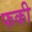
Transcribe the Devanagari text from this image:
फकी